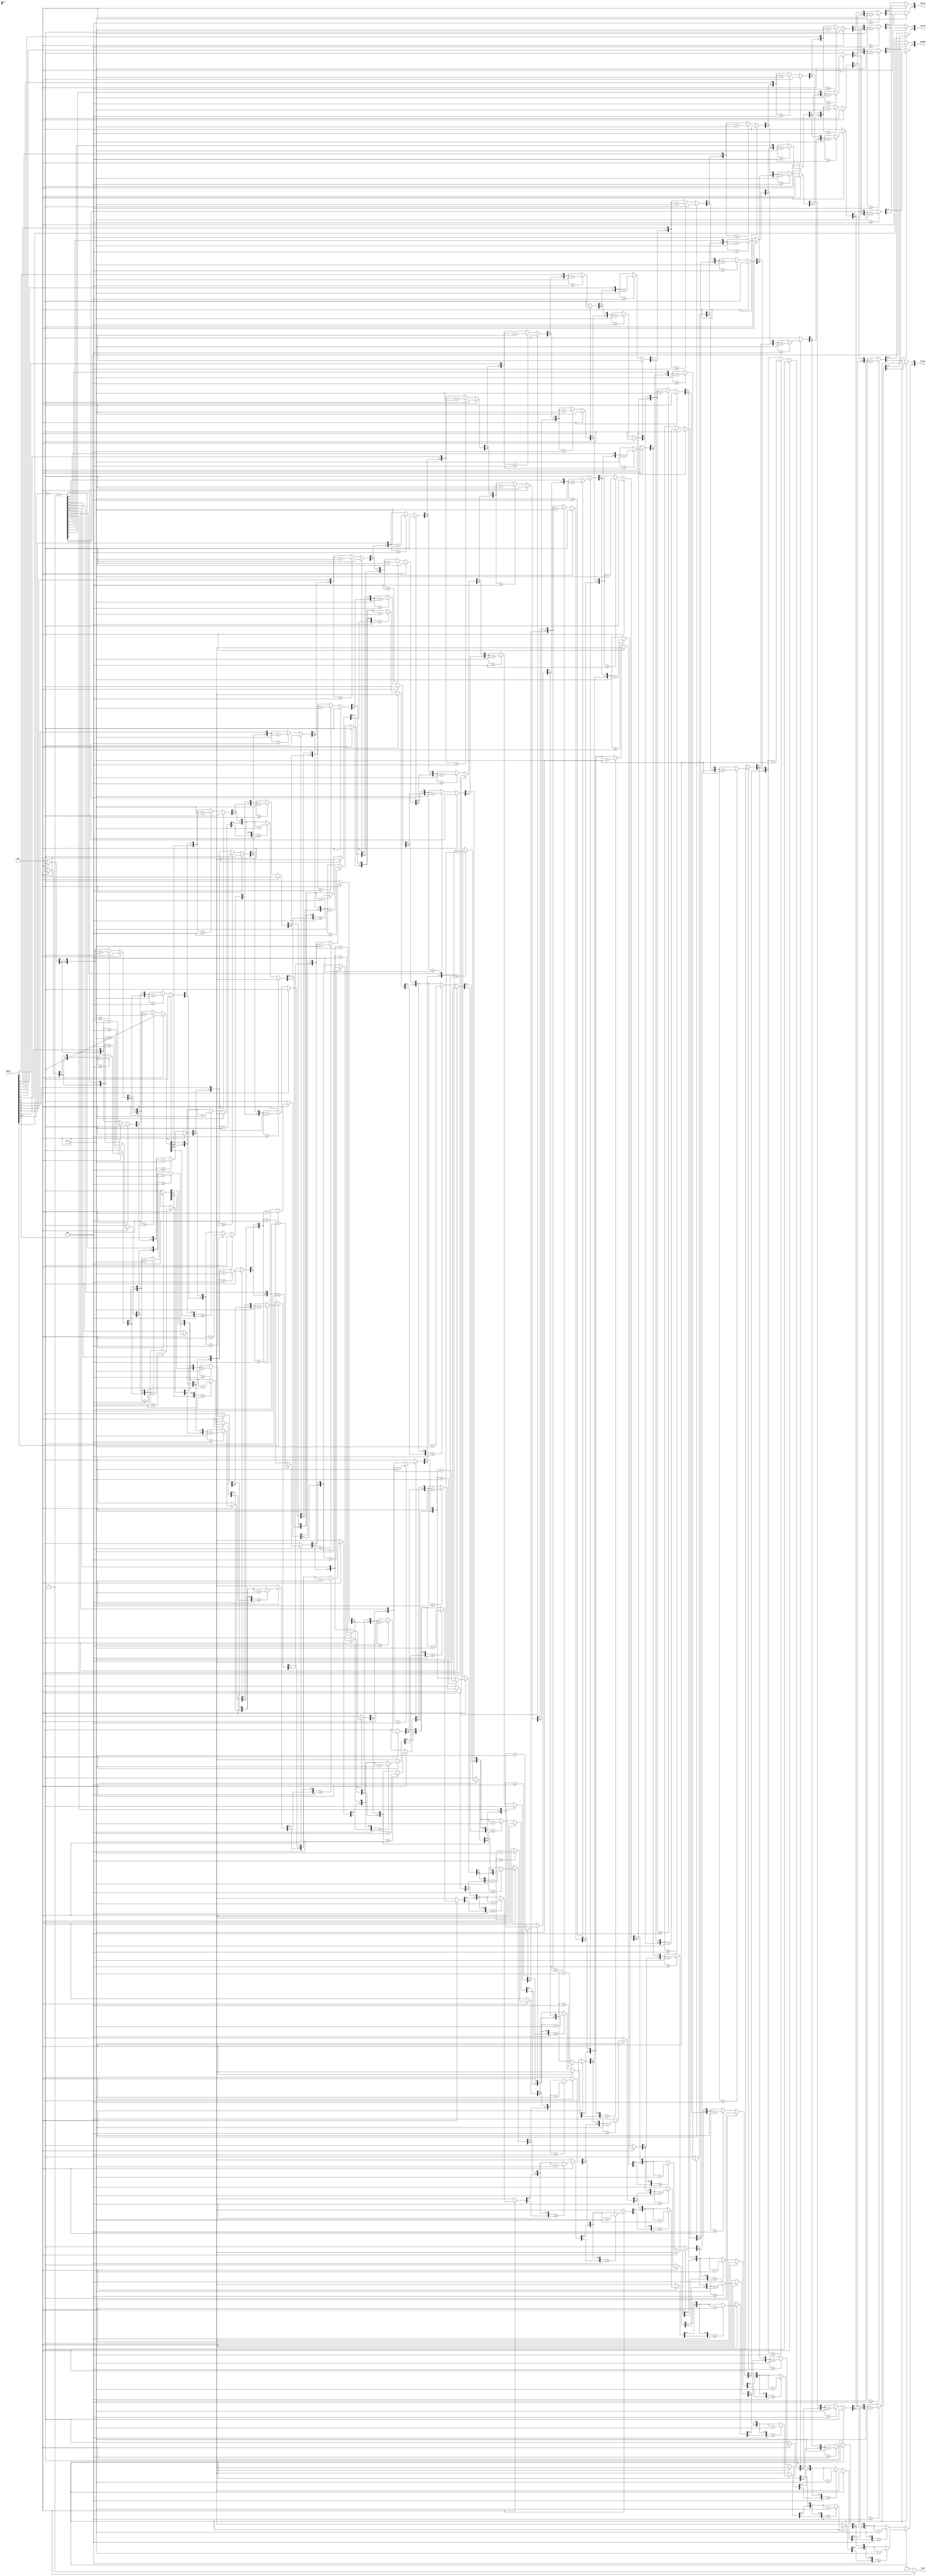
module BCD_quatro_digitos(numero, sinal, milhar, centena, dezena, unidade);
	// ----------Portas de Entrada---------- //
	input [31:0] numero; // Numero que sera mostrado no display de 7 segmentos
	
	// ----------Portas de Saida---------- //
	output reg sinal; // Sinal do numero
	output reg [3:0] milhar; // Digito do milhar
	output reg [3:0] centena; // Digito da centena
	output reg [3:0] dezena; // Digito da dezena
	output reg [3:0] unidade; // Digito da unidade

	reg [31:0] aux; // Auxiliar no caso de negativo
	integer i; // Contador
	
	// Algoritmo de conversao binario para 4BCD
	always @ (numero) begin
		aux = 32'b0;
		milhar = 4'b0000;
		centena = 4'b0000;
		dezena = 4'b0000;
		unidade = 4'b0000;
		if(numero[31] == 0) begin
			sinal = 1'b0;			
			for(i = 15; i >= 0; i = i-1) begin
				if(milhar >= 5) milhar = milhar + 4'd3;
				if(centena >= 5) centena = centena + 4'd3;
				if(dezena >= 5) dezena = dezena + 4'd3;
				if(unidade >= 5) unidade = unidade + 4'd3;
				milhar = milhar << 1;
				milhar[0] = centena[3];				
				centena = centena << 1;
				centena[0] = dezena[3];
				dezena = dezena << 1;
				dezena[0] = unidade[3];
				unidade = unidade << 1;
				unidade[0] = numero[i];
			end
		end
		else begin
			aux = ~(numero) + 16'b0000000000000001;
			sinal = 1'b1;
			for(i = 15; i >= 0; i = i-1) begin
				if(milhar >= 5) milhar = milhar + 4'd3;
				if(centena >= 5) centena = centena + 4'd3;
				if(dezena >= 5) dezena = dezena + 4'd3;
				if(unidade >= 5) unidade = unidade + 4'd3;
				milhar = milhar << 1;
				milhar[0] = centena[3];		
				centena = centena << 1;
				centena[0] = dezena[3];
				dezena = dezena << 1;
				dezena[0] = unidade[3];
				unidade = unidade << 1;
				unidade[0] = aux[i];
			end
		end
	end
endmodule